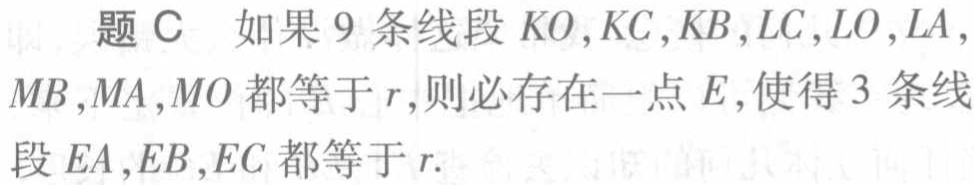
题C 如果9条线段\(KO, KC, KB, LC, LO, LA, MB, MA, MO\)都等于\(r\)，则必存在一点\(E\)，使得3条线段\(EA, EB, EC\)都等于\(r\).